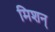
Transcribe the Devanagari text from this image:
मिशन्‌